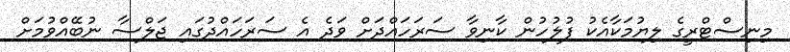
މިނިސްޓްރީގެ ލިޔުމަކާއެކު ފުލުހުން ކާނިވާ ސަރަހައްދަށް ވަދެ އެ ސަރަހައްދުގައި ޖަލްސާ ނުބޭއްވުމަށް